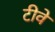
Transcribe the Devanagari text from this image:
टीवे